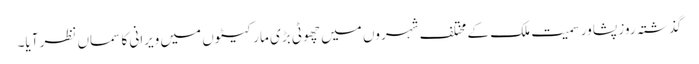
گذشتہ روز پشاور سمیت ملک کے مختلف شہروں میں چھوٹی بڑی مارکیٹوں میں ویرانی کا سماں نظر آیا۔